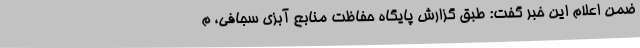
ضمن اعلام این خبر گفت: طبق گزارش پایگاه حفاظت منابع آبزی سجافی، م